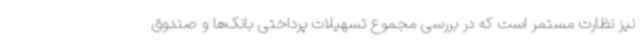
نیز نظارت مستمر است که در بررسی مجموع تسهیلات پرداختی بانک‌ها و صندوق